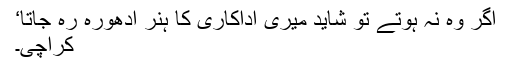
اگر وہ نہ ہوتے تو شاید میری اداکاری کا ہنر ادھورہ رہ جاتا‘
کراچی۔